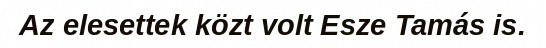
Az elesettek közt volt Esze Tamás is.